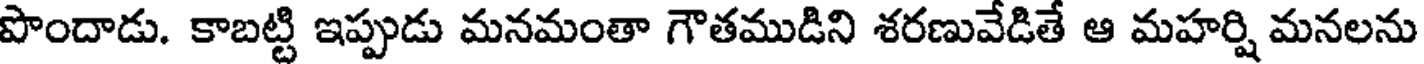
పొందాడు. కాబట్టి ఇప్పుడు మనమంతా గౌతముడిని శరణువేడితే ఆ మహర్షి మనలను